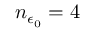
n _ { \epsilon _ { 0 } } = 4